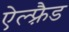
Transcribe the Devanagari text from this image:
ऐल्फ़्रैड